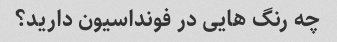
چه رنگ هایی در فونداسیون دارید؟